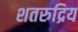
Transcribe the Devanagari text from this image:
शतरुद्रिय